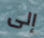
إلى